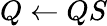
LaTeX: Q\leftarrow QS